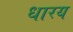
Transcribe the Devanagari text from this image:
धारय